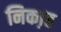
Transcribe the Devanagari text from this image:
निका़ह